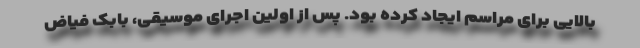
بالایی برای مراسم ایجاد کرده بود. پس از اولین اجرای موسیقی، بابک فیاض